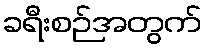
ခရီးစဉ်အတွက်